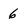
Character: 6